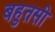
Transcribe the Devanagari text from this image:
बहुतसी